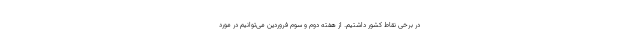
در برخی نقاط کشور داشتیم. از هفته دوم و سوم فروردین می‌توانیم در مورد